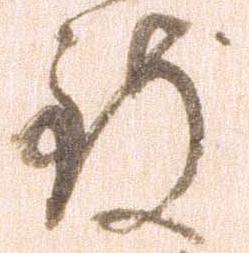
致